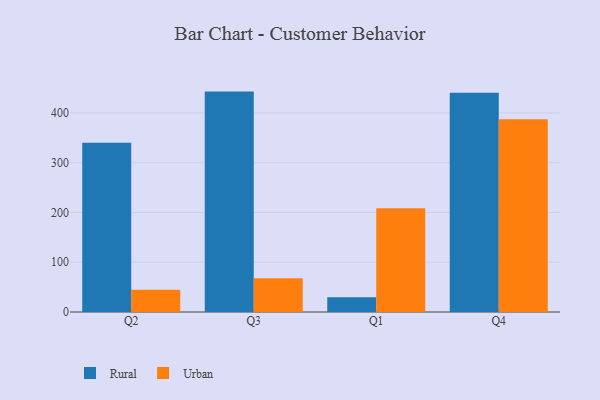
{"axis": {"x": "Quarter", "y": "Demand Index"}, "legend": ["Rural", "Urban"], "data": [{"x": "Q2", "y": 340.4, "type": "Rural"}, {"x": "Q2", "y": 44.6, "type": "Urban"}, {"x": "Q3", "y": 443.0, "type": "Rural"}, {"x": "Q3", "y": 67.7, "type": "Urban"}, {"x": "Q1", "y": 29.5, "type": "Rural"}, {"x": "Q1", "y": 208.7, "type": "Urban"}, {"x": "Q4", "y": 440.6, "type": "Rural"}, {"x": "Q4", "y": 387.5, "type": "Urban"}]}